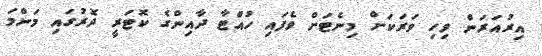
އިރުއަރަން ވިހި ވަރަކަށް މިނެޓަށް ވެފައި ހުއްޓާ ދާއިންގެ ކޮޓަރީ ދޮރުގައި މަންމަ